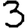
Digit: 3